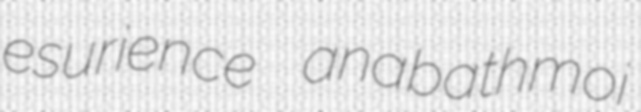
esurience anabathmoi